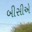
બીસીએ